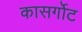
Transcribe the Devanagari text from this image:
कासर्गोट